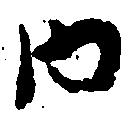
内